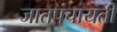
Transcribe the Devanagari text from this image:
जातपंचायती